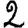
Digit: 2